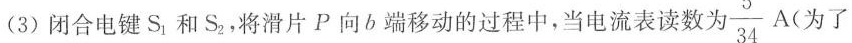
(3)闭合电键S_{1}和S_{2}，将滑片P向b端移动的过程中，当电流表读数为\frac{5}{34}A(为了